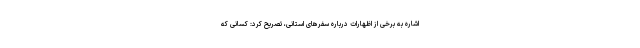
اشاره به برخی از اظهارات درباره سفرهای استانی، تصریح کرد: کسانی که